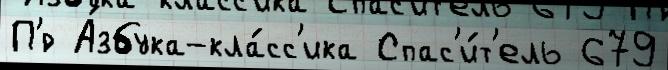
П'́р А́збука-кла́сс'ика Спас'и́т'ель 679